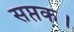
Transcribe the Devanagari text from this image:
सप्तक।